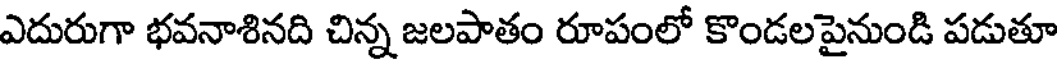
ఎదురుగా భవనాశినది చిన్న జలపాతం రూపంలో కొండలపైనుండి పడుతూ